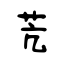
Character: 苀